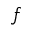
f